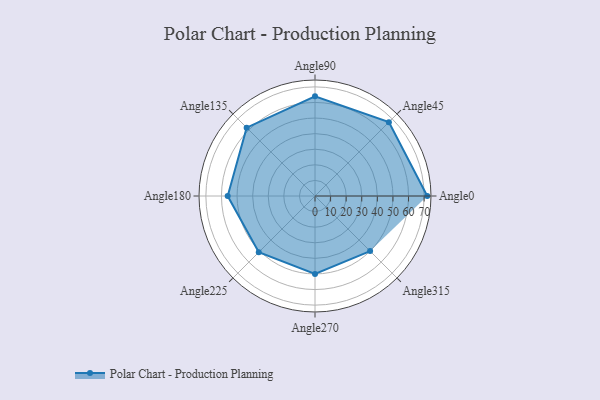
{"axis": {"x": "Angle", "y": "Radius"}, "legend": [""], "data": [{"x": "Angle0", "y": 72.0, "type": ""}, {"x": "Angle45", "y": 67.0, "type": ""}, {"x": "Angle90", "y": 64.0, "type": ""}, {"x": "Angle135", "y": 62.0, "type": ""}, {"x": "Angle180", "y": 56.0, "type": ""}, {"x": "Angle225", "y": 51.0, "type": ""}, {"x": "Angle270", "y": 50, "type": ""}, {"x": "Angle315", "y": 50, "type": ""}]}